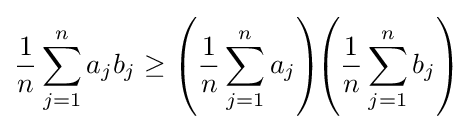
{\frac {1}{n}}\sum _{j=1}^{n}a_{j}b_{j}\geq \left({\frac {1}{n}}\sum _{j=1}^{n}a_{j}\right)\!\!\left({\frac {1}{n}}\sum _{j=1}^{n}b_{j}\right)\!